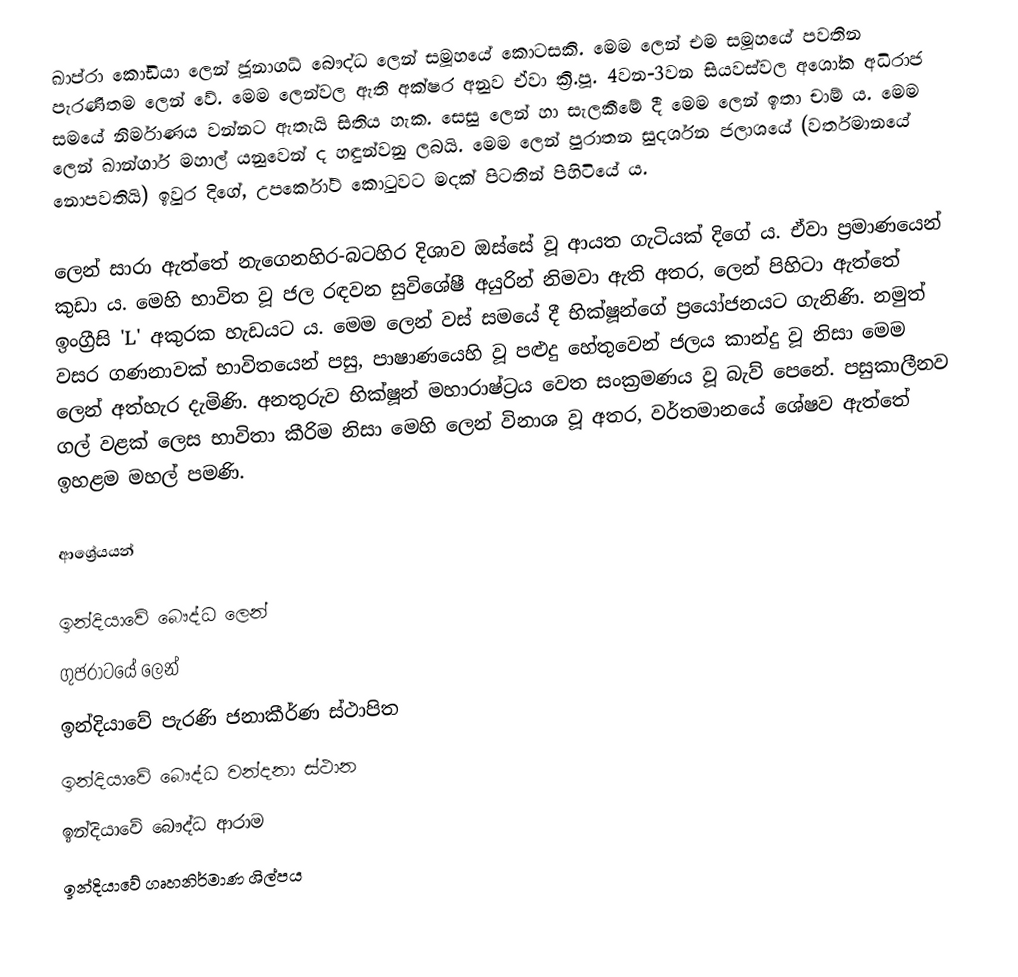
ඛාප්රා කෝඩියා ලෙන් ජූනාගධ් බෞද්ධ ලෙන් සමූහයේ කොටසකි. මෙම ලෙන් එම සමූහයේ පවතින පැරණිතම ලෙන් වේ. මෙම ලෙන්වල ඇති අක්ෂර අනුව ඒවා ක්‍රි.පූ. 4වන-3වන සියවස්වල අශෝක අධිරාජ සමයේ නිර්මාණය වන්නට ඇතැයි සිතිය හැක. සෙසු ලෙන් හා සැලකීමේ දී මෙම ලෙන් ඉතා චාම් ය. මෙම ලෙන් ඛාන්ගාර් මහාල් යනුවෙන් ද හඳුන්වනු ලබයි. මෙම ලෙන් පුරාතන සුදර්ශන ජලාශයේ (වර්තමානයේ නොපවතියි) ඉවුර දිගේ, උපර්කෝට් කොටුවට මදක් පිටතින් පිහිටියේ ය.

ලෙන් සාරා ඇත්තේ නැගෙනහිර-බටහිර දිශාව ඔස්සේ වූ ආයත ගැටියක් දිගේ ය. ඒවා ප්‍රමාණයෙන් කුඩා ය. මෙහි භාවිත වූ ජල රඳවන සුවිශේෂී අයුරින් නිමවා ඇති අතර, ලෙන් පිහිටා ඇත්තේ ඉංග්‍රීසි 'L' අකුරක හැඩයට ය. මෙම ලෙන් වස් සමයේ දී භික්ෂූන්ගේ ප්‍රයෝජනයට ගැනිණි. නමුත් වසර ගණනාවක් භාවිතයෙන් පසු, පාෂාණයෙහි වූ පළුදු හේතුවෙන් ජලය කාන්දු වූ නිසා මෙම ලෙන් අත්හැර දැමිණි. අනතුරුව භික්ෂූන් මහාරාෂ්ට්‍රය වෙත සංක්‍රමණය වූ බැව් පෙනේ. පසුකාලීනව ගල් වළක් ලෙස භාවිතා කීරිම නිසා මෙහි ලෙන් විනාශ වූ අතර, වර්තමානයේ ශේෂව ඇත්තේ ඉහළම මහල් පමණි.

ආශ්‍රේයයන්

ඉන්දියාවේ බෞද්ධ ලෙන්
ගුජරාටයේ ලෙන්
ඉන්දියාවේ පැරණි ජනාකීර්ණ ස්ථාපිත
ඉන්දියාවේ බෞද්ධ වන්දනා ස්ථාන
ඉන්දියාවේ බෞද්ධ ආරාම
ඉන්දියාවේ ගෘහනිර්මාණ ශිල්පය